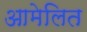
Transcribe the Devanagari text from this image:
आमेलित